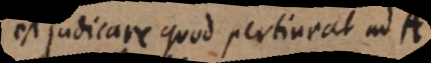
est judicare quod pertineat ad A.